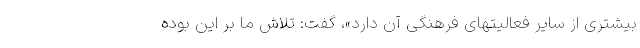
بیشتری از سایر فعالیتهای فرهنگی آن دارد»، گفت: تلاش ما بر این بوده